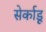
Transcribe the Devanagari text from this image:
सेर्काडू